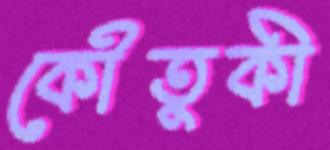
কৌতুকী